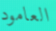
العامود